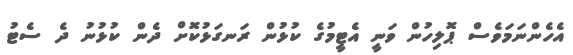
އެހެންނަމަވެސް ޕޮލިހުން ވަނީ އެޓީމުގެ ކުޅުން ރަނގަޅުކޮށް ދެން ކުޅުނު ދެ ސެޓު